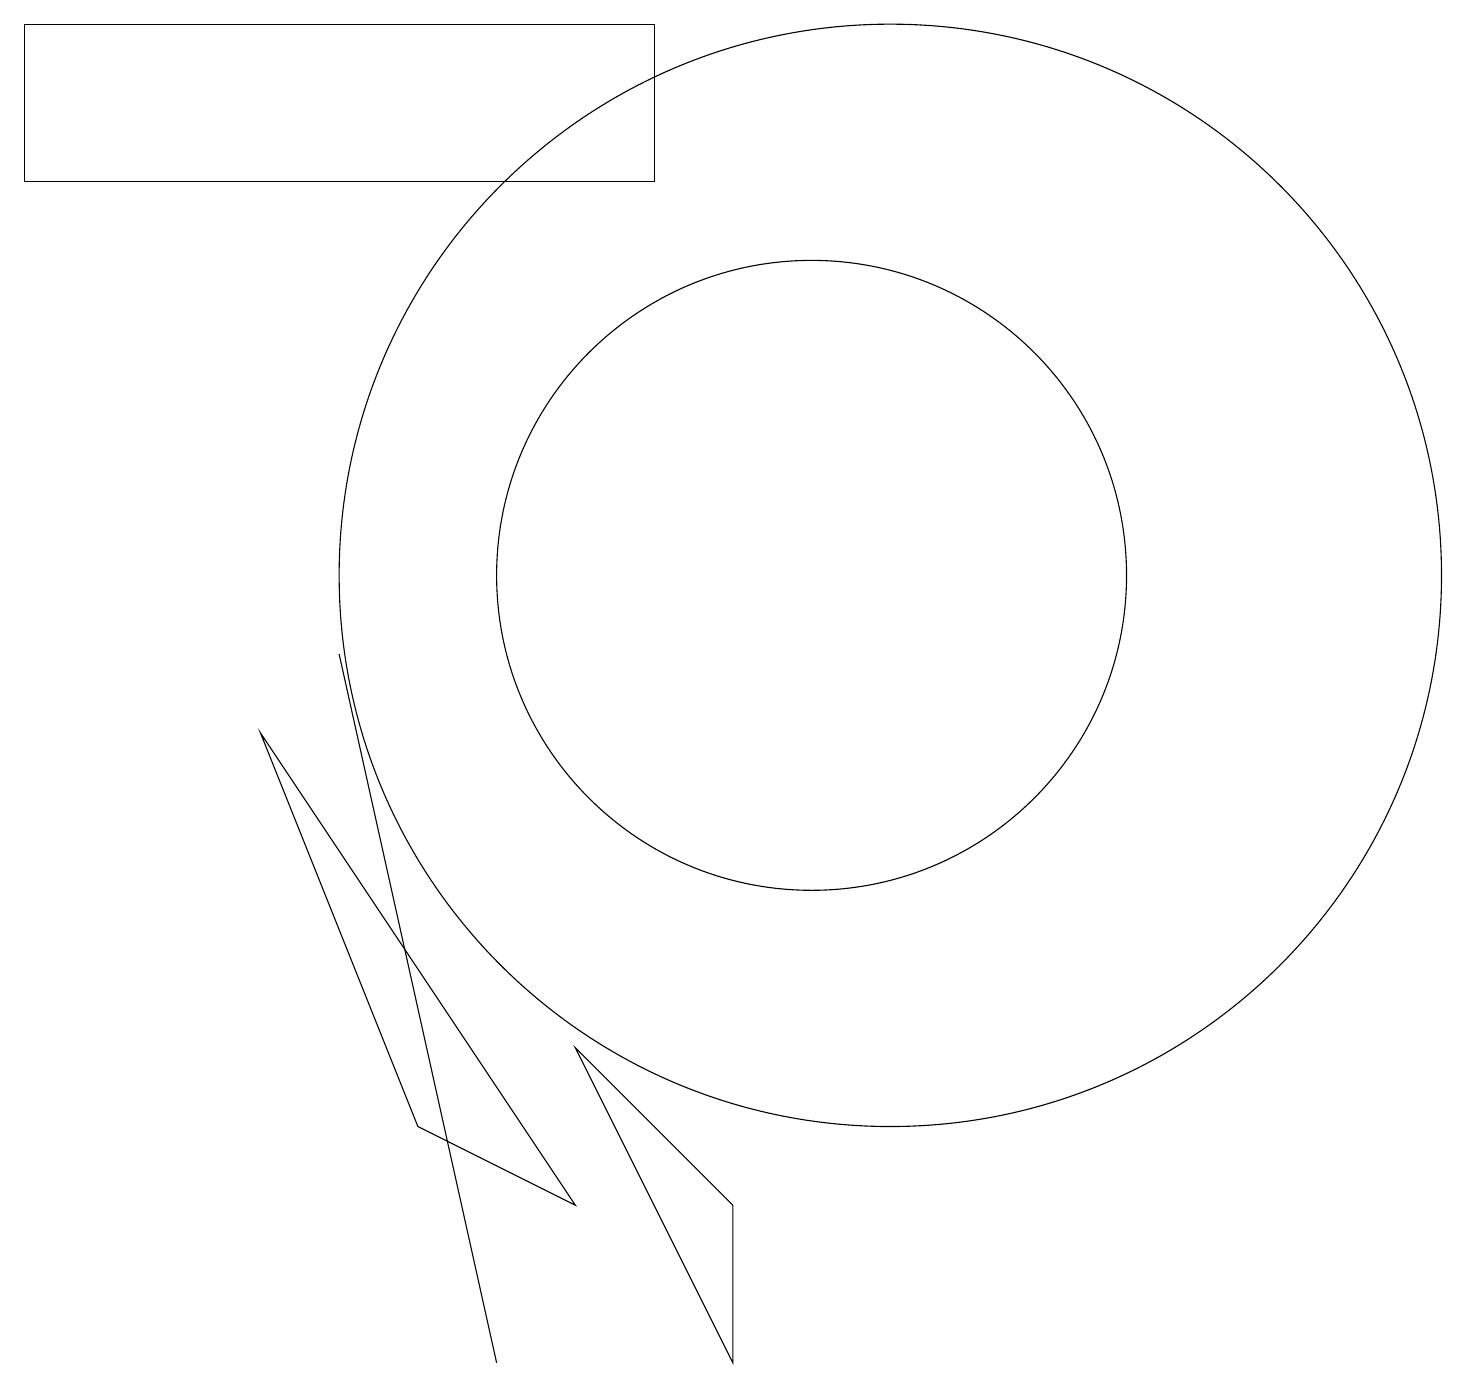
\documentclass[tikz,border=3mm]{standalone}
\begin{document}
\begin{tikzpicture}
\draw (0,15) rectangle (8,17);
\draw (4,9) -- (6,0) -- (6,0) -- cycle;
\draw (9,2) -- (9,0) -- (7,4) -- cycle;
\draw (10,10) circle (4);
\draw (3,8) -- (5,3) -- (7,2) -- cycle;
\draw (11,10) circle (7);
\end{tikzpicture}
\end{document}